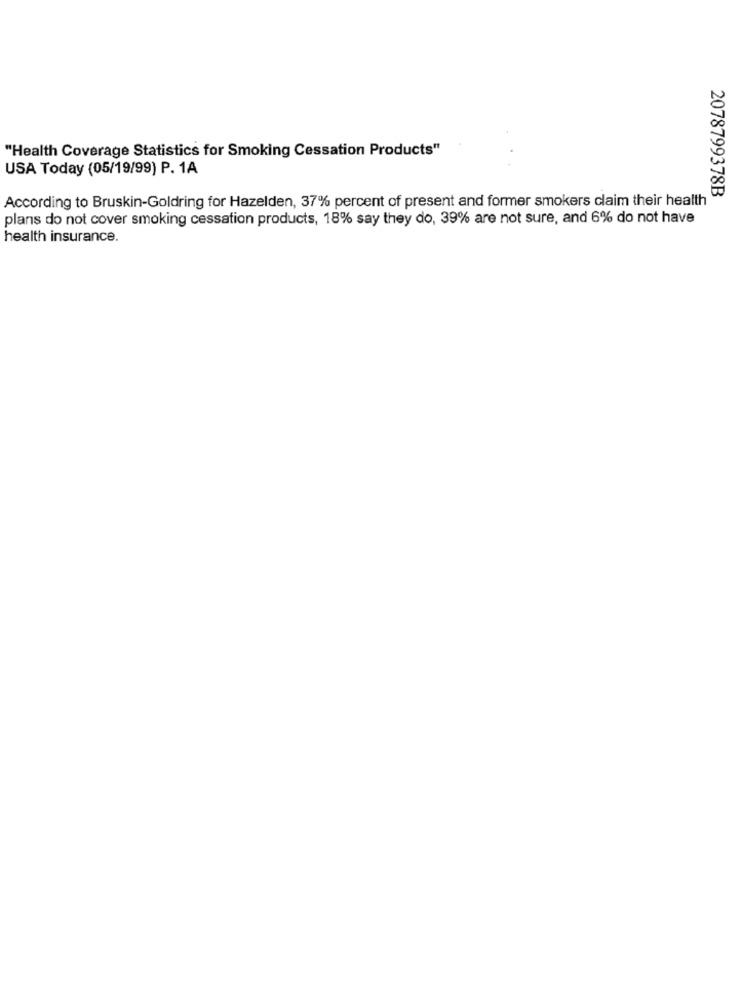
"Health Coverage Statistics for Smoking Cessation Products"
USA Today (05/19/99) P. 1A
2078799378B
According to Bruskin-Goldring for Hazelden, 37% percent of present and former smokers claim their health
plans do not cover smoking cessation products, 18% say they do, 39% are not sure, and 6% do not have
health insurance.